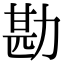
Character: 勘